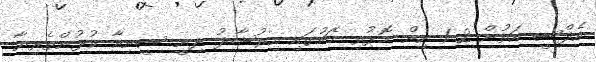
އެފްސީ އަތުން 2-1 އިން މޮޅުވި މެޗުގައި އިރުޝާދު ދިނީ ސީނިއާ ކުުޅުންތެރިޔާ